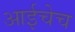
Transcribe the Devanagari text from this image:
आईचेच